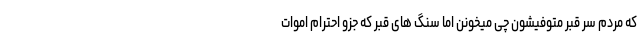
که مردم سر قبر متوفیشون چی میخونن اما سنگ های قبر که جزو احترام اموات